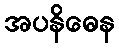
အပနိဓေန